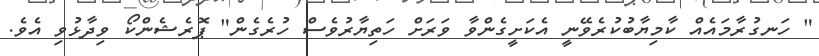
" ހަނގުރާމައެއް ކާމިޔާބުކުރެވޭނީ އެކަށީގެންވާ ވަރަށް ހަތިޔާރުވެސް ހުރެގެން" ޕޮރެޝެންކޯ ވިދާޅުވި އެވެ.